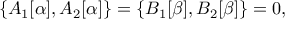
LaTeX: \{ A _ { 1 } [ \alpha ] , A _ { 2 } [ \alpha ] \} = \{ B _ { 1 } [ \beta ] , B _ { 2 } [ \beta ] \} = 0 ,